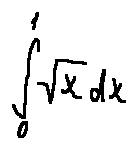
\int \limits _ { 0 } ^ { 1 } \sqrt { x } d x